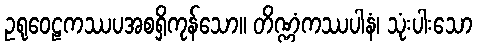
ဥရုဝေဠကဿပအစရှိကုန်သော။ တိဏ္ဏံကဿပါနံ၊ သုံးပါးသော